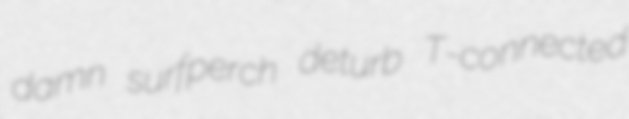
damn surfperch deturb T-connected